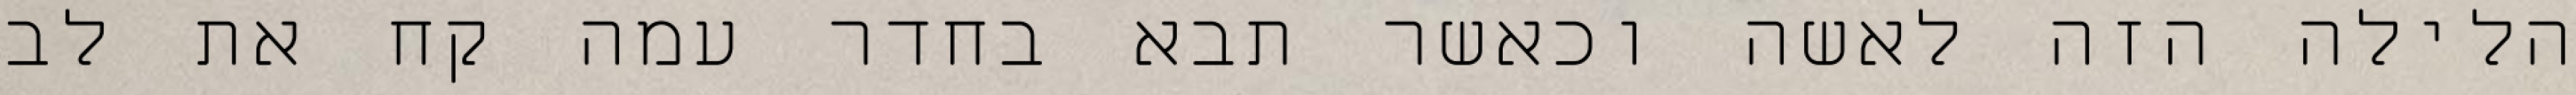
הלילה הזה לאשה וכאשר תבא בחדר עמה קח את לב